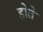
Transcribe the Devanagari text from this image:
होते